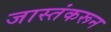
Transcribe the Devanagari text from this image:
जास्तंकरून